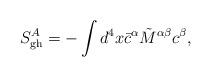
LaTeX: \begin{align*}S^A_{\rm gh}=-\int d^4x {\bar c}^\alpha\tilde{M}^{\alpha\beta}c^\beta,\end{align*}